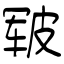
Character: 皲